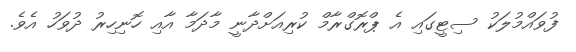
ފުވައްމުލަކު ސިޓީގައި އެ ޕްރޮގްރާމް ކުރިއަށްދާނީ މާދަމާ އާއި ހޮނިހިރު ދުވަހު އެވެ.